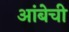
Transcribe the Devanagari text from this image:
आंबेची